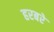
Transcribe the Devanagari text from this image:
हरबरे